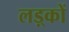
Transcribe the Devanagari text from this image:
लड़्कों